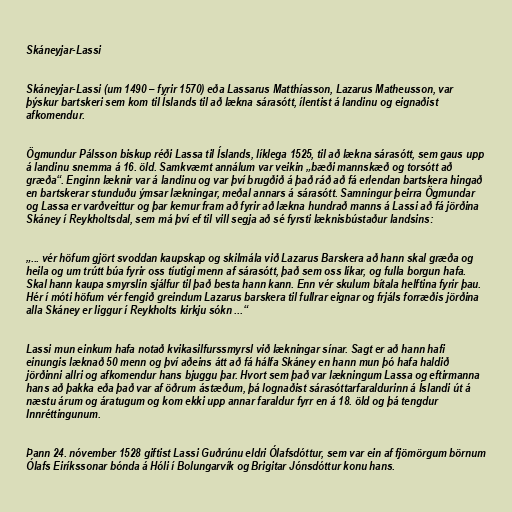
Skáneyjar-Lassi

Skáneyjar-Lassi (um 1490 – fyrir 1570) eða Lassarus Matthíasson, Lazarus Matheusson, var
þýskur bartskeri sem kom til Íslands til að lækna sárasótt, ílentist á landinu og eignaðist
afkomendur.

Ögmundur Pálsson biskup réði Lassa til Íslands, líklega 1525, til að lækna sárasótt, sem gaus upp
á landinu snemma á 16. öld. Samkvæmt annálum var veikin „bæði mannskæð og torsótt að
græða“. Enginn læknir var á landinu og var því brugðið á það ráð að fá erlendan bartskera hingað
en bartskerar stunduðu ýmsar lækningar, meðal annars á sárasótt. Samningur þeirra Ögmundar
og Lassa er varðveittur og þar kemur fram að fyrir að lækna hundrað manns á Lassi að fá jörðina
Skáney í Reykholtsdal, sem má því ef til vill segja að sé fyrsti læknisbústaður landsins:

„... vér höfum gjört svoddan kaupskap og skilmála við Lazarus Barskera að hann skal græða og
heila og um trútt búa fyrir oss tíutigi menn af sárasótt, það sem oss líkar, og fulla borgun hafa.
Skal hann kaupa smyrslin sjálfur til það besta hann kann. Enn vér skulum bítala helftina fyrir þau.
Hér í móti höfum vér fengið greindum Lazarus barskera til fullrar eignar og frjáls forræðis jörðina
alla Skáney er liggur í Reykholts kirkju sókn ...“

Lassi mun einkum hafa notað kvikasilfurssmyrsl við lækningar sínar. Sagt er að hann hafi
einungis læknað 50 menn og því aðeins átt að fá hálfa Skáney en hann mun þó hafa haldið
jörðinni allri og afkomendur hans bjuggu þar. Hvort sem það var lækningum Lassa og eftirmanna
hans að þakka eða það var af öðrum ástæðum, þá lognaðist sárasóttarfaraldurinn á Íslandi út á
næstu árum og áratugum og kom ekki upp annar faraldur fyrr en á 18. öld og þá tengdur
Innréttingunum.

Þann 24. nóvember 1528 giftist Lassi Guðrúnu eldri Ólafsdóttur, sem var ein af fjömörgum börnum
Ólafs Eiríkssonar bónda á Hóli í Bolungarvík og Brigitar Jónsdóttur konu hans.